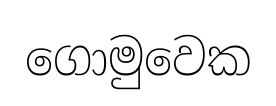
ගොමුවෙක